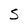
Character: S